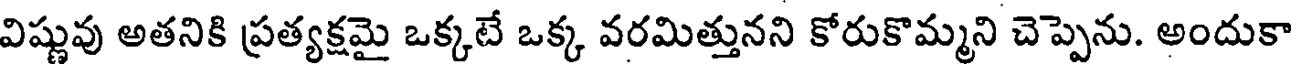
విష్ణువు అతనికి ప్రత్యక్షమై ఒక్కటే ఒక్క వరమిత్తునని కోరుకొమ్మని చెప్పెను. అందుకా